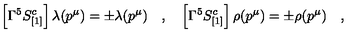
\left[ \Gamma ^ { 5 } S _ { [ 1 ] } ^ { c } \right] \lambda ( p ^ { \mu } ) = \pm \lambda ( p ^ { \mu } ) \quad , \quad \left[ \Gamma ^ { 5 } S _ { [ 1 ] } ^ { c } \right] \rho ( p ^ { \mu } ) = \pm \rho ( p ^ { \mu } ) \quad ,